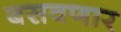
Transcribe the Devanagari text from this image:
बसवणार